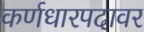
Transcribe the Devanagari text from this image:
कर्णधारपदावर